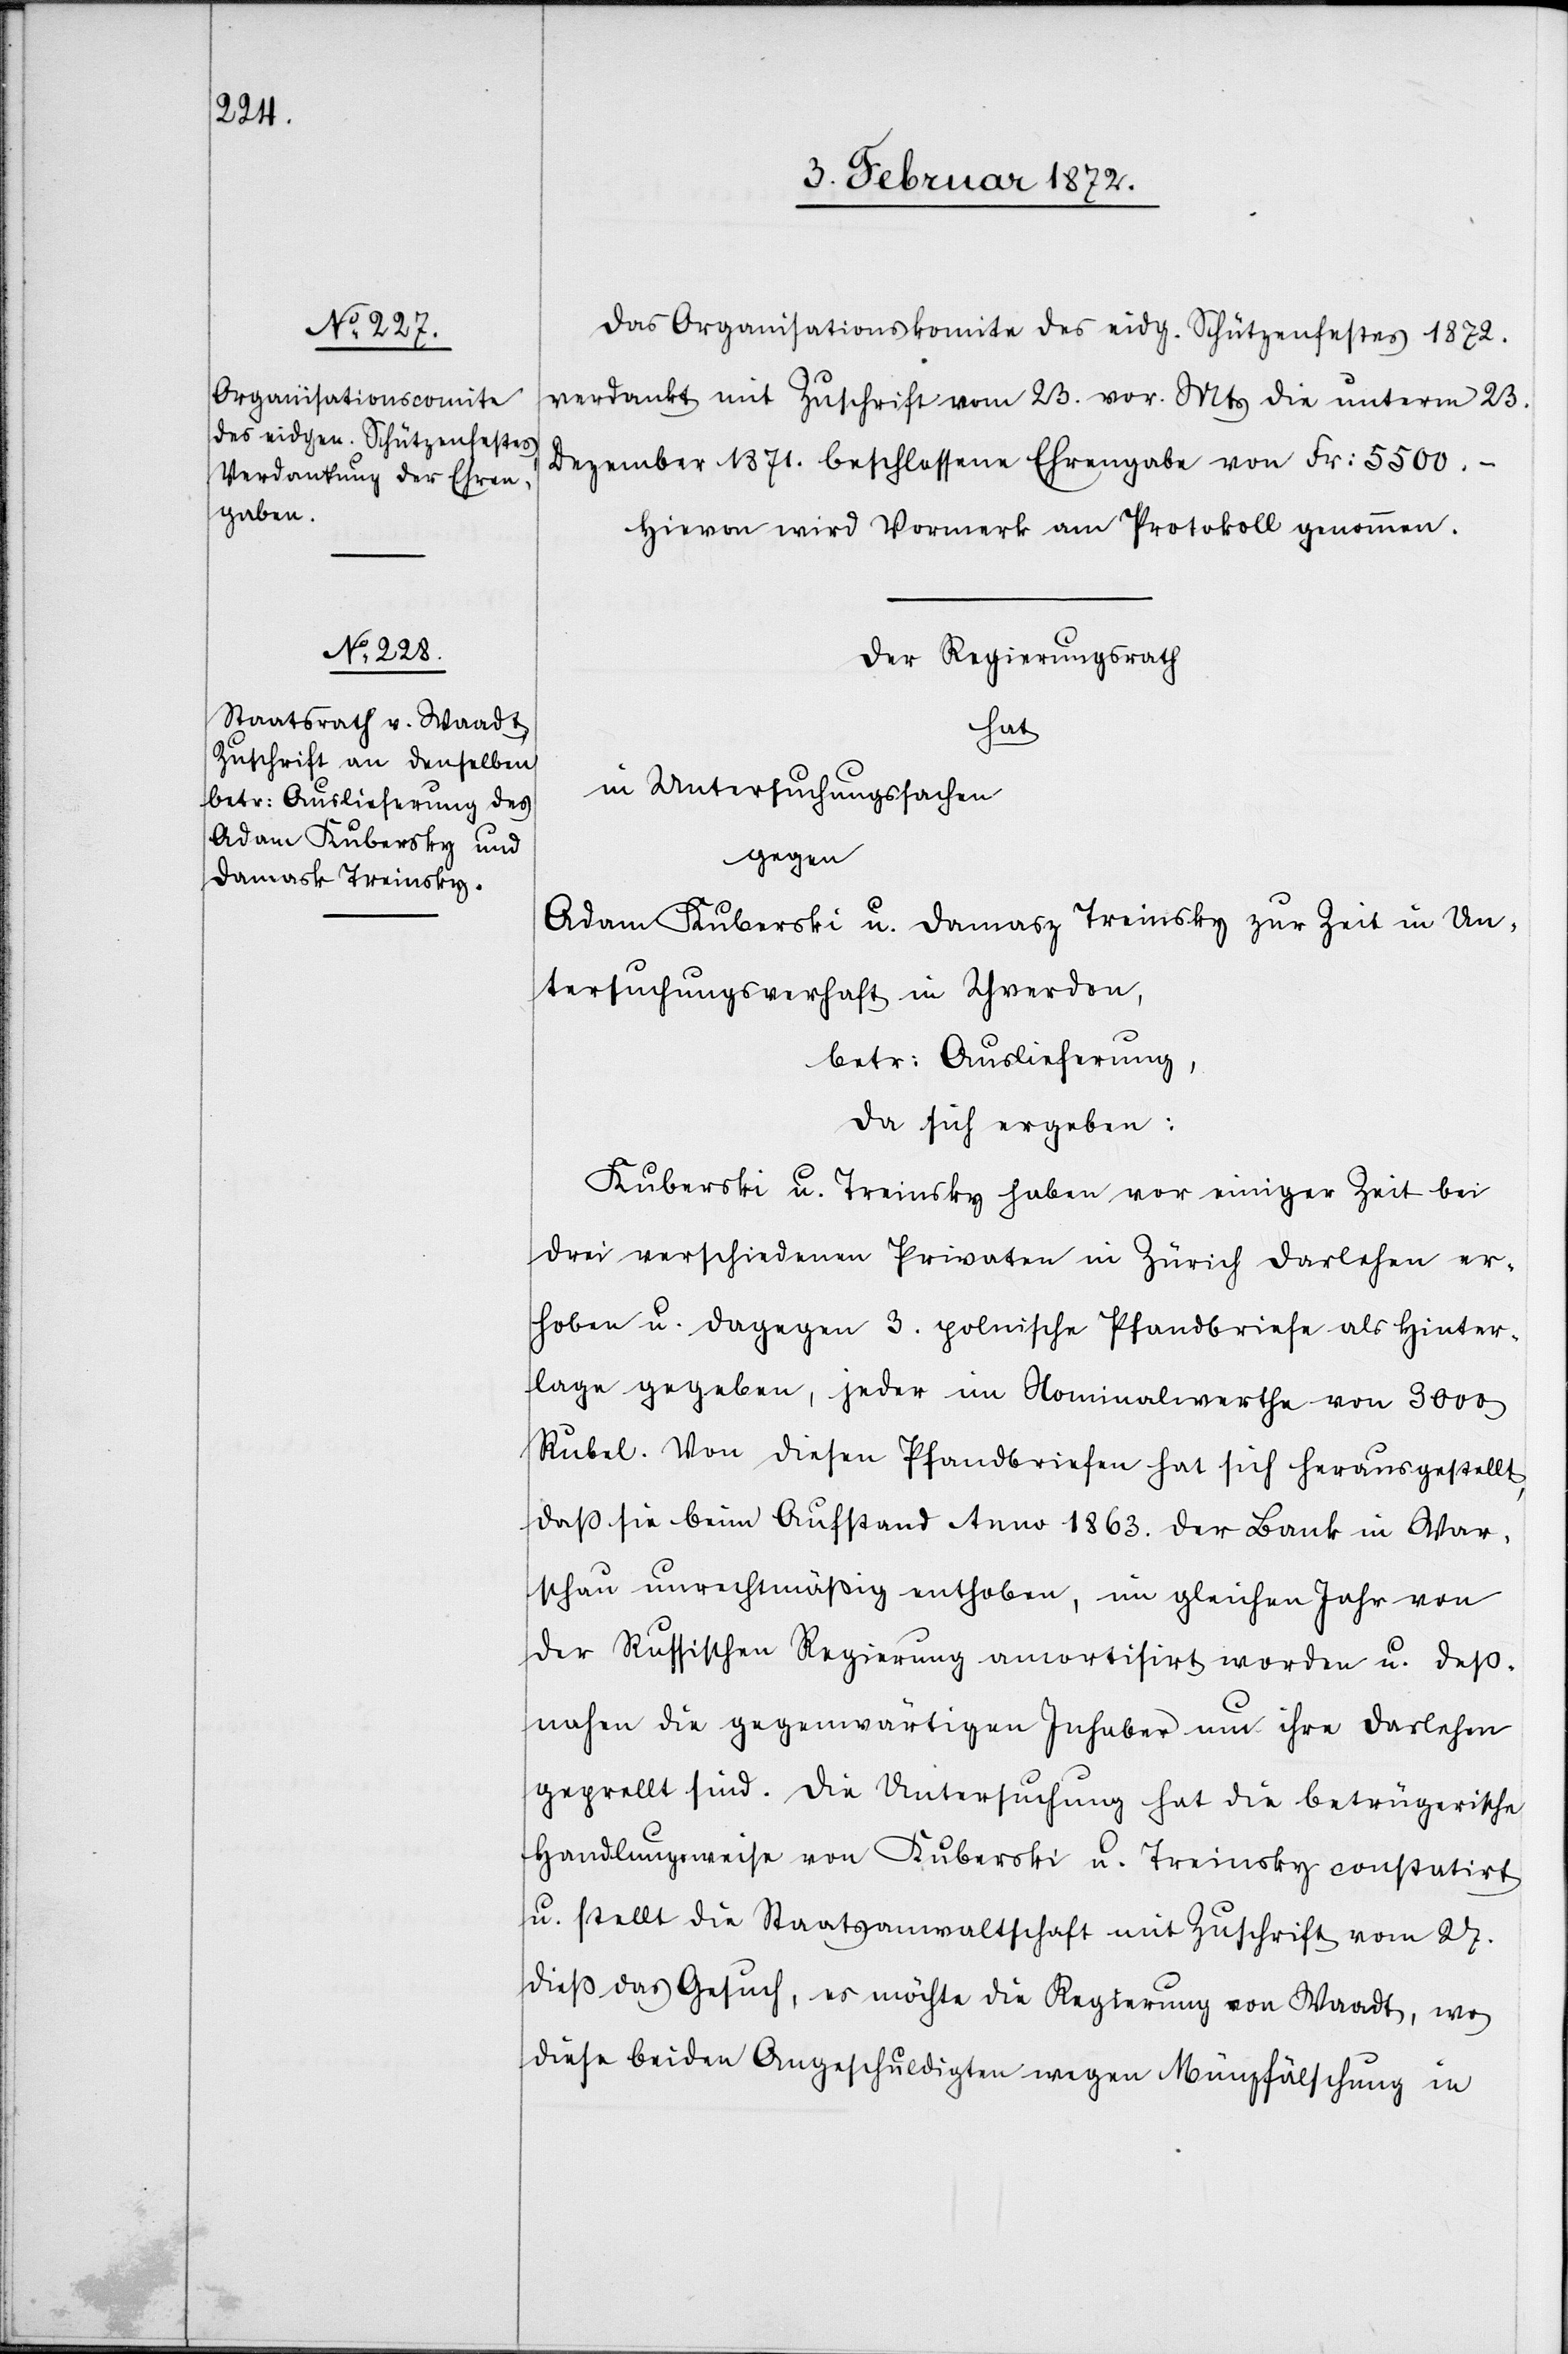
Das Organisationskomite des eidg. Schützenfestes 1872.
verdankt mit Zuschrift vom 23. vor. Mts die unterm 23.
Dezember 1871 beschlossene Ehrengabe von Fr. 5500.-
Hiervon wird Vormerk am Protokoll genommen.
Der Regierungsrath
hat
in Untersuchungssachen
gegen
Adam Kuberski u. Damasz [sic!] Treinsky zur Zeit in Un¬
tersuchungshaft in Yverdon,
betr. Auslieferung,
da sich ergeben:
Kuberski u. Treinsky haben vor einiger Zeit bei
drei verschiedenen Privaten in Zürich Darlehen er¬
hoben u. dagegen 3. polnische Pfandbriefe als Hinter¬
lage gegeben, jeder im Nominalwerthe von 3000
Rubel. Von diesen Pfandbriefen hat sich herausgestellt,
daß sie beim Aufstand Anno 1863. der Bank in War¬
schau unrechtmäßig enthoben, im gleichen Jahr von
der Russischen Regierung amortisirt worden u. deß¬
nahen die gegenwärtigen Inhaber um ihre Darlehen
geprellt sind. Die Untersuchung hat die betrügerische
Handlungsweise von Kuberski u. Treinsky constatirt
u. stellt die Staatsanwaltschaft mit Zuschrift vom 27.
dieß das Gesuch, es möchte die Regierung von Waadt, wo
diese beiden Angeschuldigten wegen Münzfälschung in